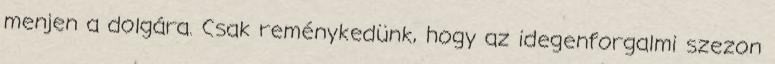
menjen a dolgára. Csak reménykedünk, hogy az idegenforgalmi szezon